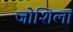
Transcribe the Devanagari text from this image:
जोशिला